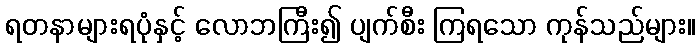
ရတနာများရပုံနှင့် လောဘကြီး၍ ပျက်စီး ကြရသော ကုန်သည်များ။